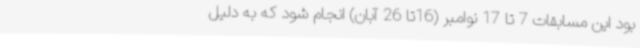
بود این مسابقات 7 تا 17 نوامبر (16تا 26 آبان) انجام شود که به دلیل